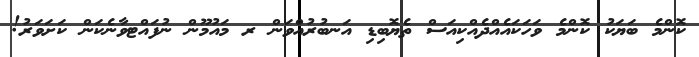
ކޮންމެ ބަޔަކު ކޮންމެ ވަހަކައެއްދެއްކިއަސް ތެޔޮބިޑި އަނބުރުއްވަން ރ މައުމޫން ނުފައްޓވާނެކަން ކަށަވަރު!